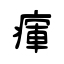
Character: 瘒